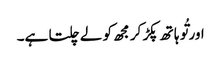
اور تُو ہا تھ پکڑ کر مجھ کو لے چلتا ہے۔